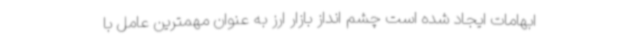
ابهامات ایجاد شده است چشم انداز بازار ارز به عنوان مهمترین عامل با